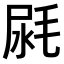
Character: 𣭼